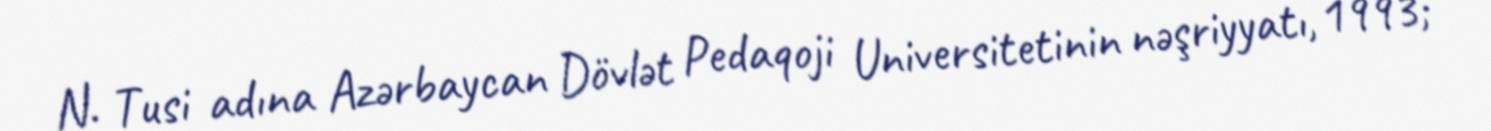
N. Tusi adına Azərbaycan Dövlət Pedaqoji Universitetinin nəşriyyatı, 1993;